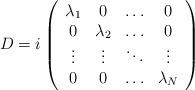
LaTeX: \begin{align*}D=i\left( \begin{array}{cccc} \lambda_{1} & 0 & \ldots & 0 \\0&\lambda_{2} & \ldots &0 \\\vdots & \vdots & \ddots & \vdots \\0&0& \ldots &\lambda_{N} \end{array}\right)\end{align*}